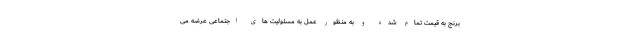
برنج به قیمت تمام شده و به منظور عمل به مسئولیت های اجتماعی عرضه می